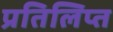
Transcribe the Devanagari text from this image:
प्रतिलिप्त